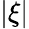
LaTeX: |\xi|